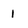
Character: 1